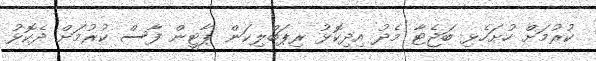
ކުރުމަށް ހުށަހެޅި ބަޖެޓާ މެދު އިދިކޮޅު ރިޕަބްލިކަން ޕާޓީން ފާސް ކުރުމަށް ދެކޮޅު